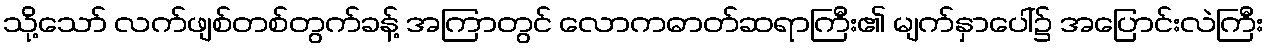
သို့သော် လက်ဖျစ်တစ်တွက်ခန့် အကြာတွင် လောကဓာတ်ဆရာကြီး၏ မျက်နှာပေါ်၌ အပြောင်းလဲကြီး